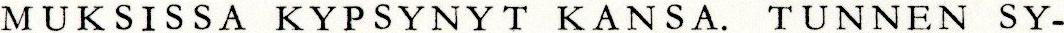
MUKSISSA KYPSYNYT KANSA. TUNNEN SY-